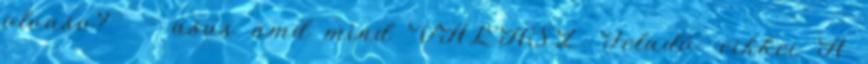
olvaso? - asus amd mind VÁLASZ Feladó: cikkei A